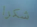
شكرا